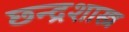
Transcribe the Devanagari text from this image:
छ्न्द्रशास्त्र